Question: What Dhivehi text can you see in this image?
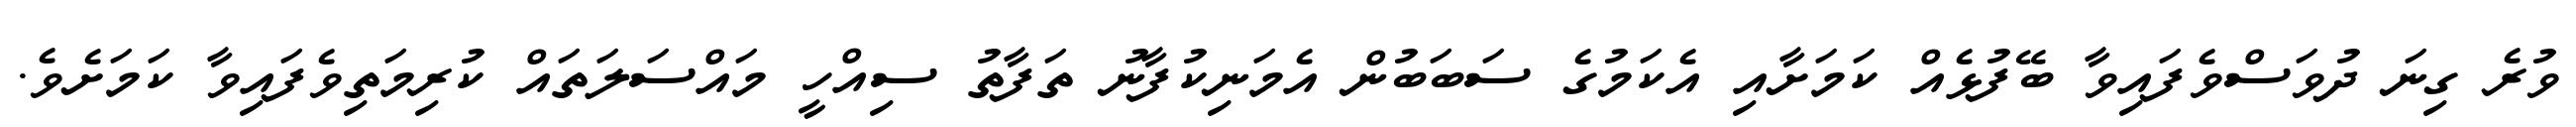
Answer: ވުރެ ގިނަ ދުވަސްވެފައިވާ ބޭފުޅެއް ކަމަށާއި އެކަމުގެ ސަބަބުން އެމަނިކުފާނު ތަފާތު ސިއްހީ މައްސަލަތައް ކުރިމަތިވެފައިވާ ކަމަށެވެ.